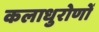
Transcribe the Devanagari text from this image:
कलाधुरोणों